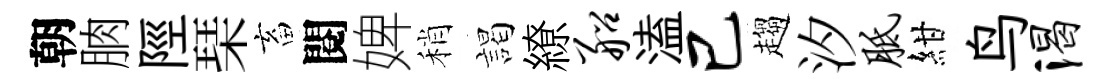
朝朒陘琹畜閱婢稍謁繚船溘己趨汐胝紺鸟渴